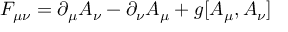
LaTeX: F _ { \mu \nu } = \partial _ { \mu } A _ { \nu } - \partial _ { \nu } A _ { \mu } + g [ A _ { \mu } , A _ { \nu } ]